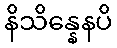
နိသိန္နေနပိ